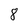
Character: 8